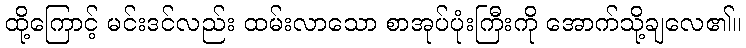
ထို့ကြောင့် မင်းဒင်လည်း ထမ်းလာသော စာအုပ်ပုံးကြီးကို အောက်သို့ချလေ၏။